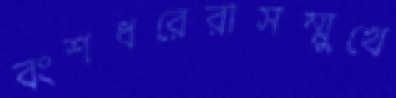
বংশধরেরাসম্মুখে